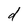
Character: d